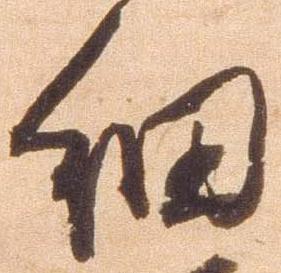
細